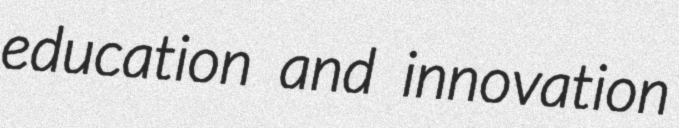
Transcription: education and innovation